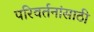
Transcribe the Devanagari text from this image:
परिवर्तनांसाठी